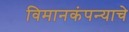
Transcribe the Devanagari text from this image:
विमानकंपन्याचे